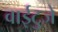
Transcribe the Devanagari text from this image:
वाईटुजे